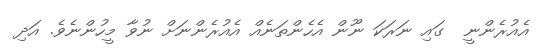
އެއުރެންނީ  ގައި ނަރަކަ ނޫން އެހެންތަނެއް އެއުރެންނަށް ނުވާ މީހުންނެވެ. އަދި